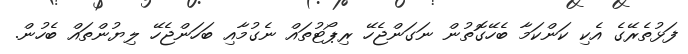
ފަޅުތެރޭގެ އެކި ކަންކަމާ ބެހޭގޮތުން ނަގަންޖެހޭ ރިޕޯޓުތައް ނެގުމާއި ބަހަންޖެހޭ ލިޔުންތައް ބެހުން.